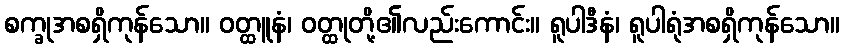
စက္ခုအစရှိကုန်သော။ ဝတ္ထူနံ၊ ဝတ္ထုတို့၏လည်းကောင်း။ ရူပါဒီနံ၊ ရူပါရုံအစရှိကုန်သော။